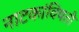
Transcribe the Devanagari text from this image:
नाटकांविषती